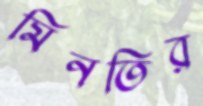
মিনতির